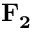
\mathbf { F _ { 2 } }